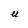
Character: U